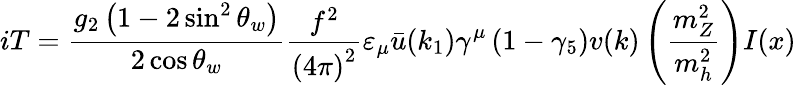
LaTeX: iT=\frac{g_{2}\left(1-2\sin^{2}\theta_{w}\right)}{2\cos\theta_{w}}\frac{f^{2}}{\left(4\pi\right)^{2}}\varepsilon_{\mu}\bar{u}(k_{1})\gamma^{\mu}\left(1-\gamma_{5}\right)v(k)\left(\frac{m_{Z}^{2}}{m_{h}^{2}}\right)I(x)